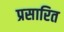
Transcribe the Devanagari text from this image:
प्रसारित